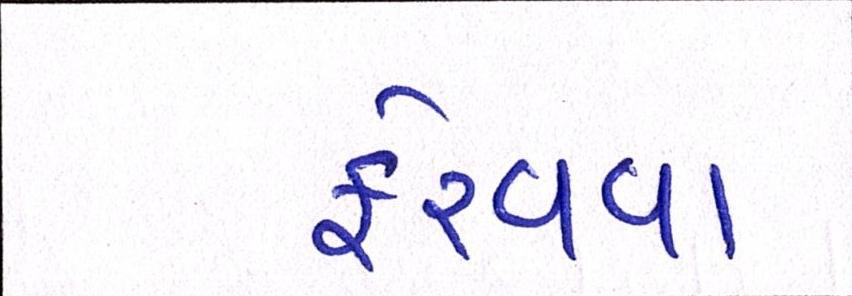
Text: ફેરવવા